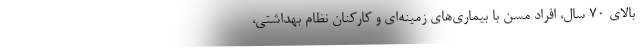
بالای ۷۰ سال، افراد مسن با بیماری‌های زمینه‌ای و کارکنان نظام بهداشتی،